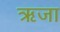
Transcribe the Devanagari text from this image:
ऋजा